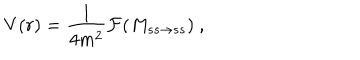
LaTeX: V ( r ) = { \frac { 1 } { 4 m ^ { 2 } } } { \cal F } ( M _ { s s \rightarrow s s } ) ~ ,